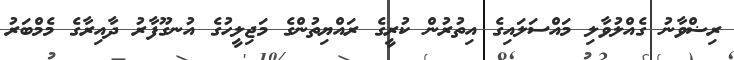
ރިޟްވާނު ގެއްލުވާލި މައްސަލައިގެ އިތުރުން ކުރީގެ ރައްޔިތުންގެ މަޖިލީހުގެ އުނގޫފާރު ދާއިރާގެ މެމްބަރު